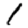
Digit: 1